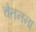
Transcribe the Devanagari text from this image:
चेतनना